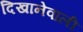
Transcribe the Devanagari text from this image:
दिखानेवाली